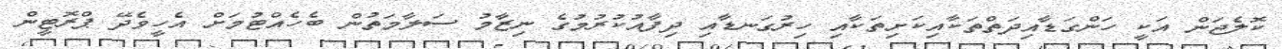
ކޮލެޖަން އަކީ ހަންގަޑާއިދަތްތަކާއިކަށިތަކާއި ހިރުގަނޑާއި ދިފާއުކުރުމުގެ ނިޒާމު ސަލާމަތުން ބެހެއްޓުމަށް އެހީވެދޭ ޕްރޮޓީން